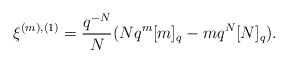
\begin{align*}\xi^{(m),(1)} = \frac{q^{-N}}{N}( Nq^m[m]_q - mq^N[N]_q ).\end{align*}